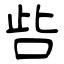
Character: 呰